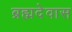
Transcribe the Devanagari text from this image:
ब्रह्मदेवास